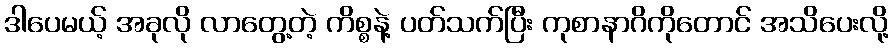
ဒါပေမယ့် အခုလို လာတွေ့တဲ့ ကိစ္စနဲ့ ပတ်သက်ပြီး ကုစာနာဂိကိုတောင် အသိပေးလို့